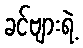
ခင်ဗျားရဲ့